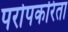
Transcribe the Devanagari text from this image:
परोपकरिता